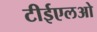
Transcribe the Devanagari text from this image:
टीईएलओ